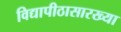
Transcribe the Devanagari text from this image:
विद्यापीठासारख्या